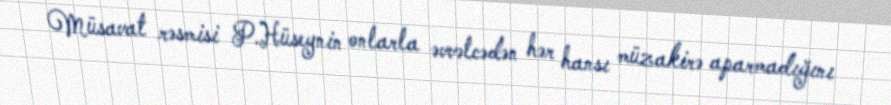
Müsavat rəsmisi P.Hüseynin onlarla əvvəlcədən hər hansı müzakirə aparmadığını